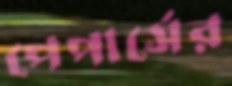
পেপার্সের